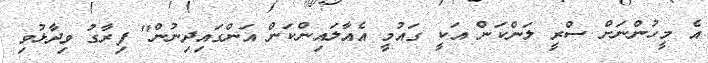
އެ މީހުންނަށް ސްރީ ލަންކަން އަކީ ގައުމީ އެއާލައިންކަން އަންގައިދިނުން" ފިރާގު ވިދާޅުވި